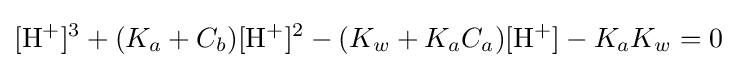
\mathrm {[H^{+}]^{3}} +(K_{a}+C_{b})\mathrm {[H^{+}]^{2}} -(K_{w}+K_{a}C_{a})\mathrm {[H^{+}]} -K_{a}K_{w}=0